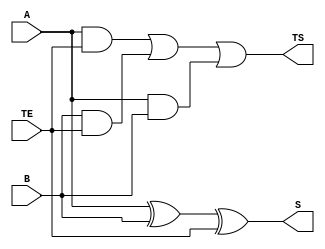
/*
Nomes: Pedro Augusto, Tulio Horta
Projeto: somador de 1 bit
Data: 29/09/2022
*/

module somador1(A,B,TE,TS,S);

	input A,B,TE;
	
	output S,TS;
	
	assign S = A ^ B ^ TE;
	assign TS = (A&TE) | (B&TE) | (A&B);
	
endmodule